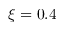
\xi = 0 . 4